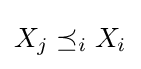
X_{j}\preceq _{i}X_{i}